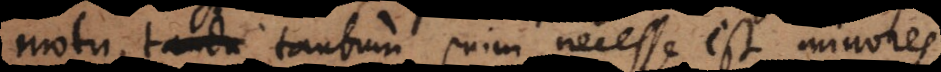
motu, tande tantum enim necesse est mino